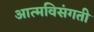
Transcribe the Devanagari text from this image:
आत्मविसंगती